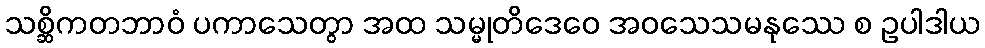
သစ္ဆိကတဘာဝံ ပကာသေတွာ အထ သမ္မုတိဒေဝေ အဝသေသမနုဿေ စ ဥပါဒါယ